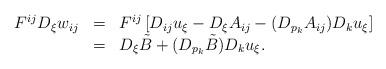
LaTeX: \begin{align*} \begin{array}{lll} F^{ij}D_\xi w_{ij}& = & F^{ij}\left[D_{ij}u_\xi-D_\xi A_{ij}-(D_{p_k}A_{ij})D_ku_\xi\right]\\ & = & D_\xi\tilde{B}+(D_{p_k}\tilde{B})D_ku_\xi. \end{array} \end{align*}